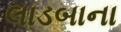
લાડબાના